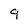
Character: 9